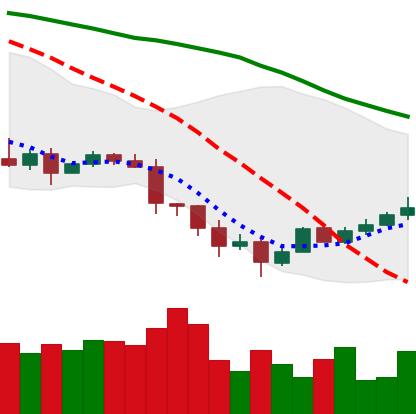
Ticker: TRX-USD
Chart end date: 2022-01-17
Forward return: -19.926%
Label: down_7plus